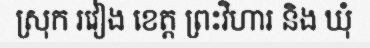
ស្រុក រវៀង ខេត្ត ព្រះវិហារ និង ឃុំ